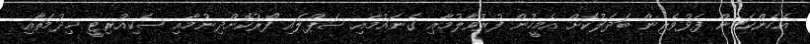
އެހެންކަމުން ފަޅުވެރިން ބަދަލުކޮށް އެމީހުން ފުރުވާލުމާއި ގެނައުމާއި ސަޕްލައި ފޯރުކޮށްދިނުމާއި ސެކިއުރިޓީ ޚިދުމަތާއި